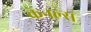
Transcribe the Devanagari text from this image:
केनल्स